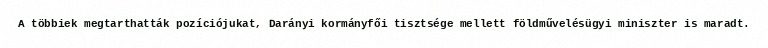
A többiek megtarthatták pozíciójukat, Darányi kormányfői tisztsége mellett földművelésügyi miniszter is maradt.